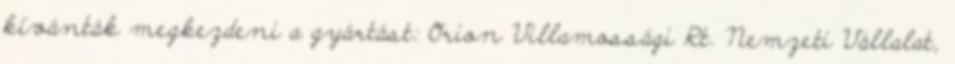
kívánták megkezdeni a gyártást: Orion Villamossági Rt. Nemzeti Vállalat,